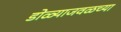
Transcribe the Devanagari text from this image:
डोळ्याजवळच्या